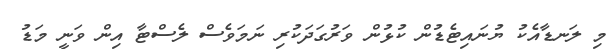
މި ލަނޑާއެކު ޔުނައިޓެޑުން ކުޅުން ވަރުގަދަކުރި ނަމަވެސް ލެސްޓާ އިން ވަނީ މަޑު